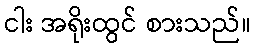
ငါး အရိုးထွင် စားသည်။